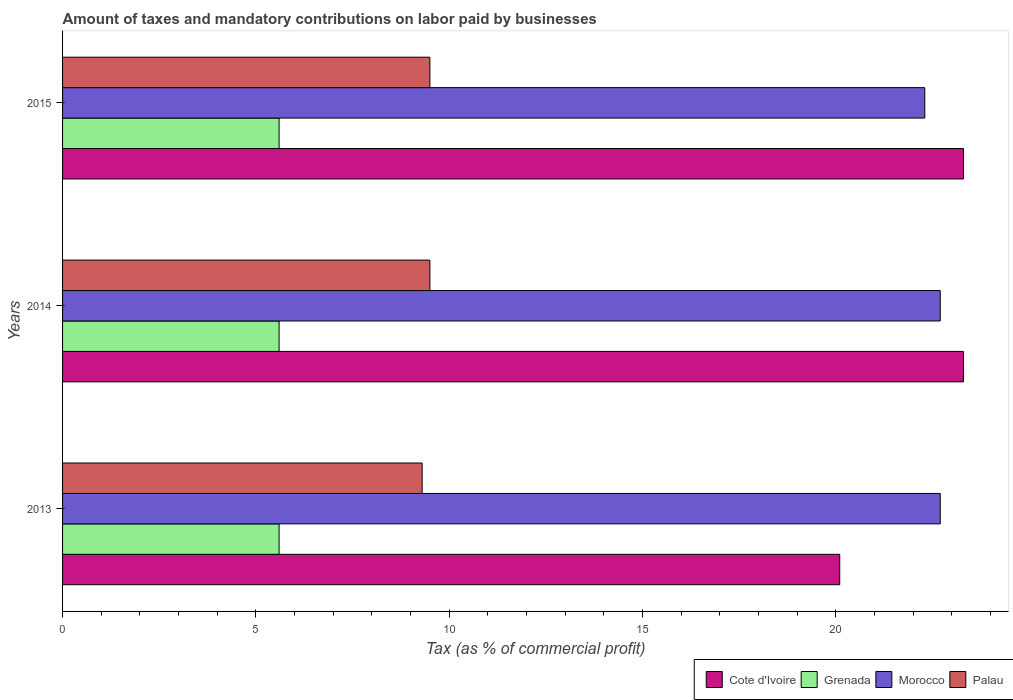
| Years | Cote d'Ivoire | Grenada | Morocco | Palau |
 | --- | --- | --- | --- | --- |
 | 2013 | 20.1 | 5.6 | 22.7 | 9.3 |
 | 2014 | 23.3 | 5.6 | 22.7 | 9.5 |
 | 2015 | 23.3 | 5.6 | 22.3 | 9.5 |